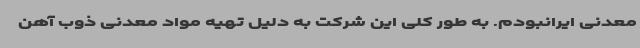
معدنی ایرانبودم. به طور کلی این شرکت به دلیل تهیه مواد معدنی ذوب آهن